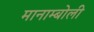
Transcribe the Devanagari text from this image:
मानाम्बोली